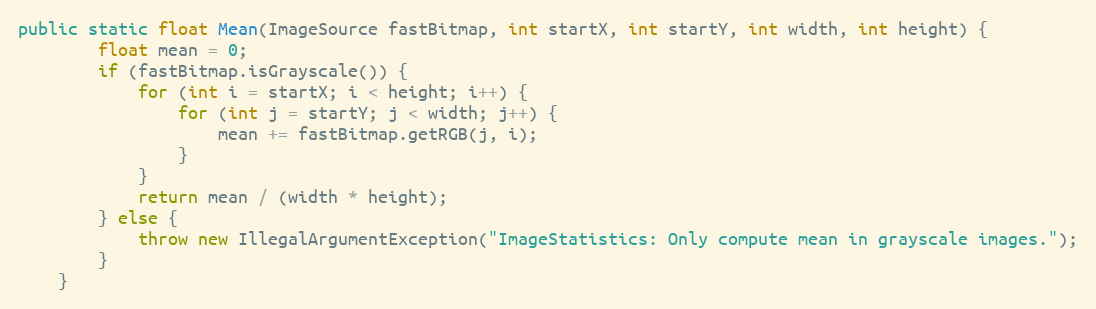
Language: Java
public static float Mean(ImageSource fastBitmap, int startX, int startY, int width, int height) {
        float mean = 0;
        if (fastBitmap.isGrayscale()) {
            for (int i = startX; i < height; i++) {
                for (int j = startY; j < width; j++) {
                    mean += fastBitmap.getRGB(j, i);
                }
            }
            return mean / (width * height);
        } else {
            throw new IllegalArgumentException("ImageStatistics: Only compute mean in grayscale images.");
        }
    }